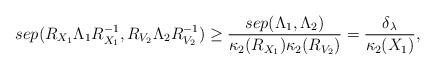
LaTeX: \begin{align*}sep(R_{X_1}\Lambda_1R_{X_1}^{-1},R_{V_2}\Lambda_2R_{V_2}^{-1})\geq \frac{sep(\Lambda_1,\Lambda_2)}{\kappa_2(R_{X_1})\kappa_2(R_{V_2})}=\frac{\delta_\lambda}{\kappa_2(X_1)},\end{align*}